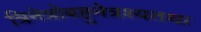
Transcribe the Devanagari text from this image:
त्रिनेत्रोबहुनेत्रश्यतथा